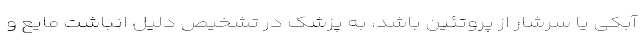
آبکی یا سرشار از پروتئین باشد، به پزشک در تشخیص دلیل انباشت مایع و